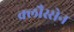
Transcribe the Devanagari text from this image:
क्लौस्सेन